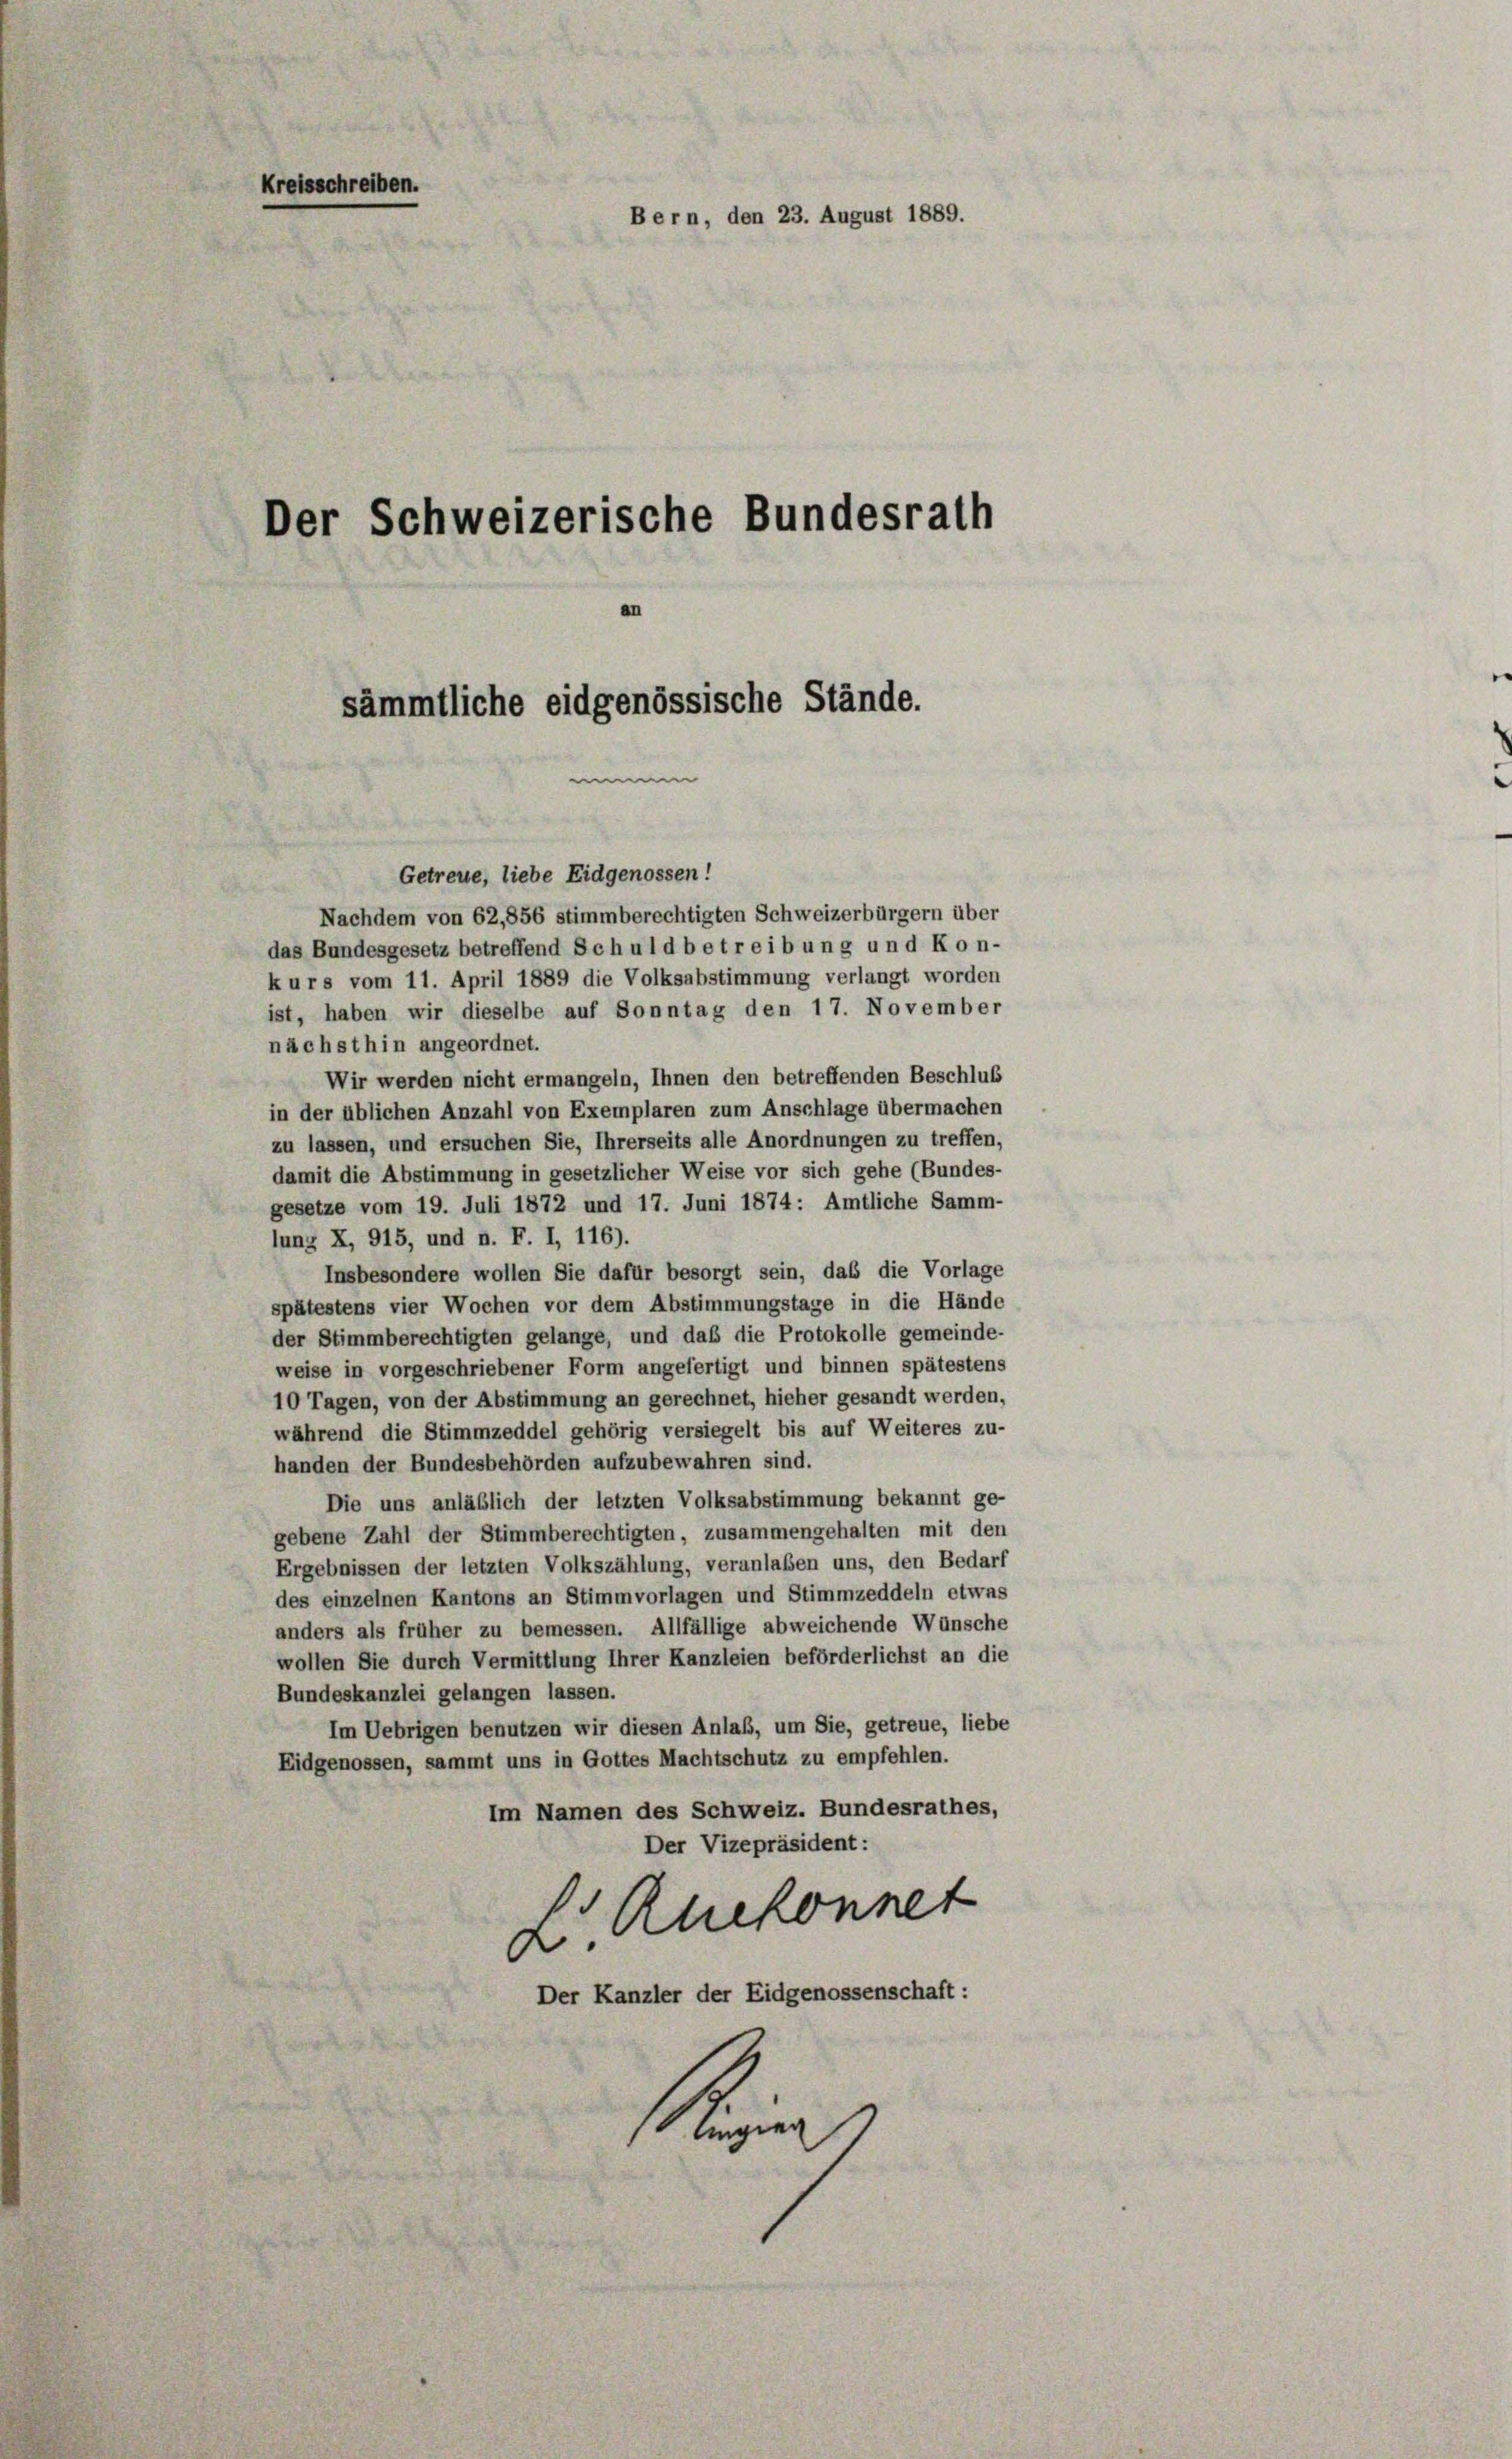
Kreisschreiben.
Bern, den 23. August 1889.
Der Schweizerische Bundesrath
sämmtliche eidgenössische Stände.

e

Getreue, liebe Eidgenossen!
Nachdem von 62,856 stimmberechtigten Schweizerbürgern über
das Bundesgesetz betreffend Schuld betreibung und Kon-
kurs vom 11. April 1889 die Volksabstimmung verlangt worden
ist, haben wir dieselbe auf Sonntag den 17. November
nächsthin angeordnet.
Wir werden nicht ermangeln, Ihnen den betreffenden Beschluß
in der üblichen Anzahl von Exemplaren zum Anschlage übermachen
zu lassen, und ersuchen Sie, Ihrerseits alle Anordnungen zu treffen,
damit die Abstimmung in gesetzlicher Weise vor sich gehe (Bundes-
gesetze vom 19. Juli 1872 und 17. Juni 1874: Amtliche Samm-
lung X, 915, und n. F. I, 116).
Insbesondere wollen Sie dafür besorgt sein, das die Vorlage
spätestens vier Wochen vor dem Abstimmungstage in die Hände
der Stimmberechtigten gelange, und daß die Protokolle gemeinde-
weise in vorgeschriebener Form angefertigt und binnen spätestens
10 Tagen, von der Abstimmung an gerechnet, hieher gesandt werden,
während die Stimmzeddel gehörig versiegelt bis auf Weiteres zu-
handen der Bundesbehörden aufzubewahren sind.
Die uns anläßlich der letzten Volksabstimmung bekannt ge-
gebene Zahl der Stimmberechtigten, zusammengehalten mit den
Ergebnissen der letzten Volkszählung, veranlaßen uns, den Bedarf
des einzelnen Kantons an Stimm vorlagen und Stimmzeddeln etwas
anders als früher zu bemessen. Allfällige abweichende Wünsche
wollen Sie durch Vermittlung Ihrer Kanzleien beförderlichst an die
Bundeskanzlei gelangen lassen.
Im Uebrigen benutzen wir diesen Anlaß, um Sie, getreue, liebe
Eidgenossen, sammt uns in Gottes Machtschutz zu empfehlen.
Im Namen des Schweiz. Bundesrathes,
Der Vizepräsident:
L Ahekonnet
Der Kanzler der Eidgenossenschaft:
ingier